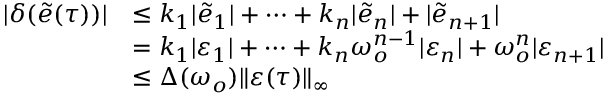
\begin{array} { r l } { | \delta ( \tilde { e } ( \tau ) ) | } & { \leq { k _ { 1 } } \vert { { \tilde { e } } _ { 1 } } \vert + \cdots + { k _ { n } } \vert { { \tilde { e } } _ { n } } \vert + \vert { { \tilde { e } } _ { n + 1 } } \vert } \\ & { = { k _ { 1 } } | { \varepsilon _ { 1 } } | + \cdots + { k _ { n } } \omega _ { o } ^ { n - 1 } | { \varepsilon _ { n } } | + \omega _ { o } ^ { n } | { \varepsilon _ { n + 1 } } | } \\ & { \leq \Delta ( \omega _ { o } ) \Vert \varepsilon ( \tau ) \Vert _ { \infty } } \end{array}